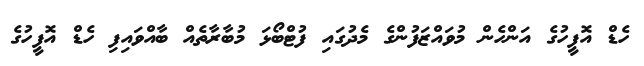
ހެޑް އޮފީހުގެ އަންހެން މުވައްޒަފުންގެ މެދުގައި ފުޓްބޯޅަ މުބާރާތެއް ބާއްވައިފި ހެޑް އޮފީހުގެ